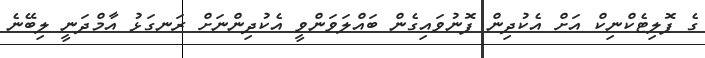
ގެ ޕޮލިޓެކްނިކް އަށް އެކުދިން ފޮނުވައިގެން ބައްލަވަންވީ އެކުދިންނަށް ރަނގަޅު އާމްދަނީ ލިބޭނެ